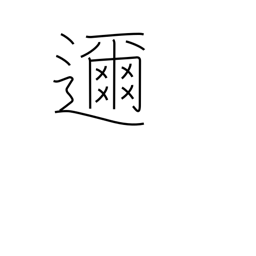
Meaning: close